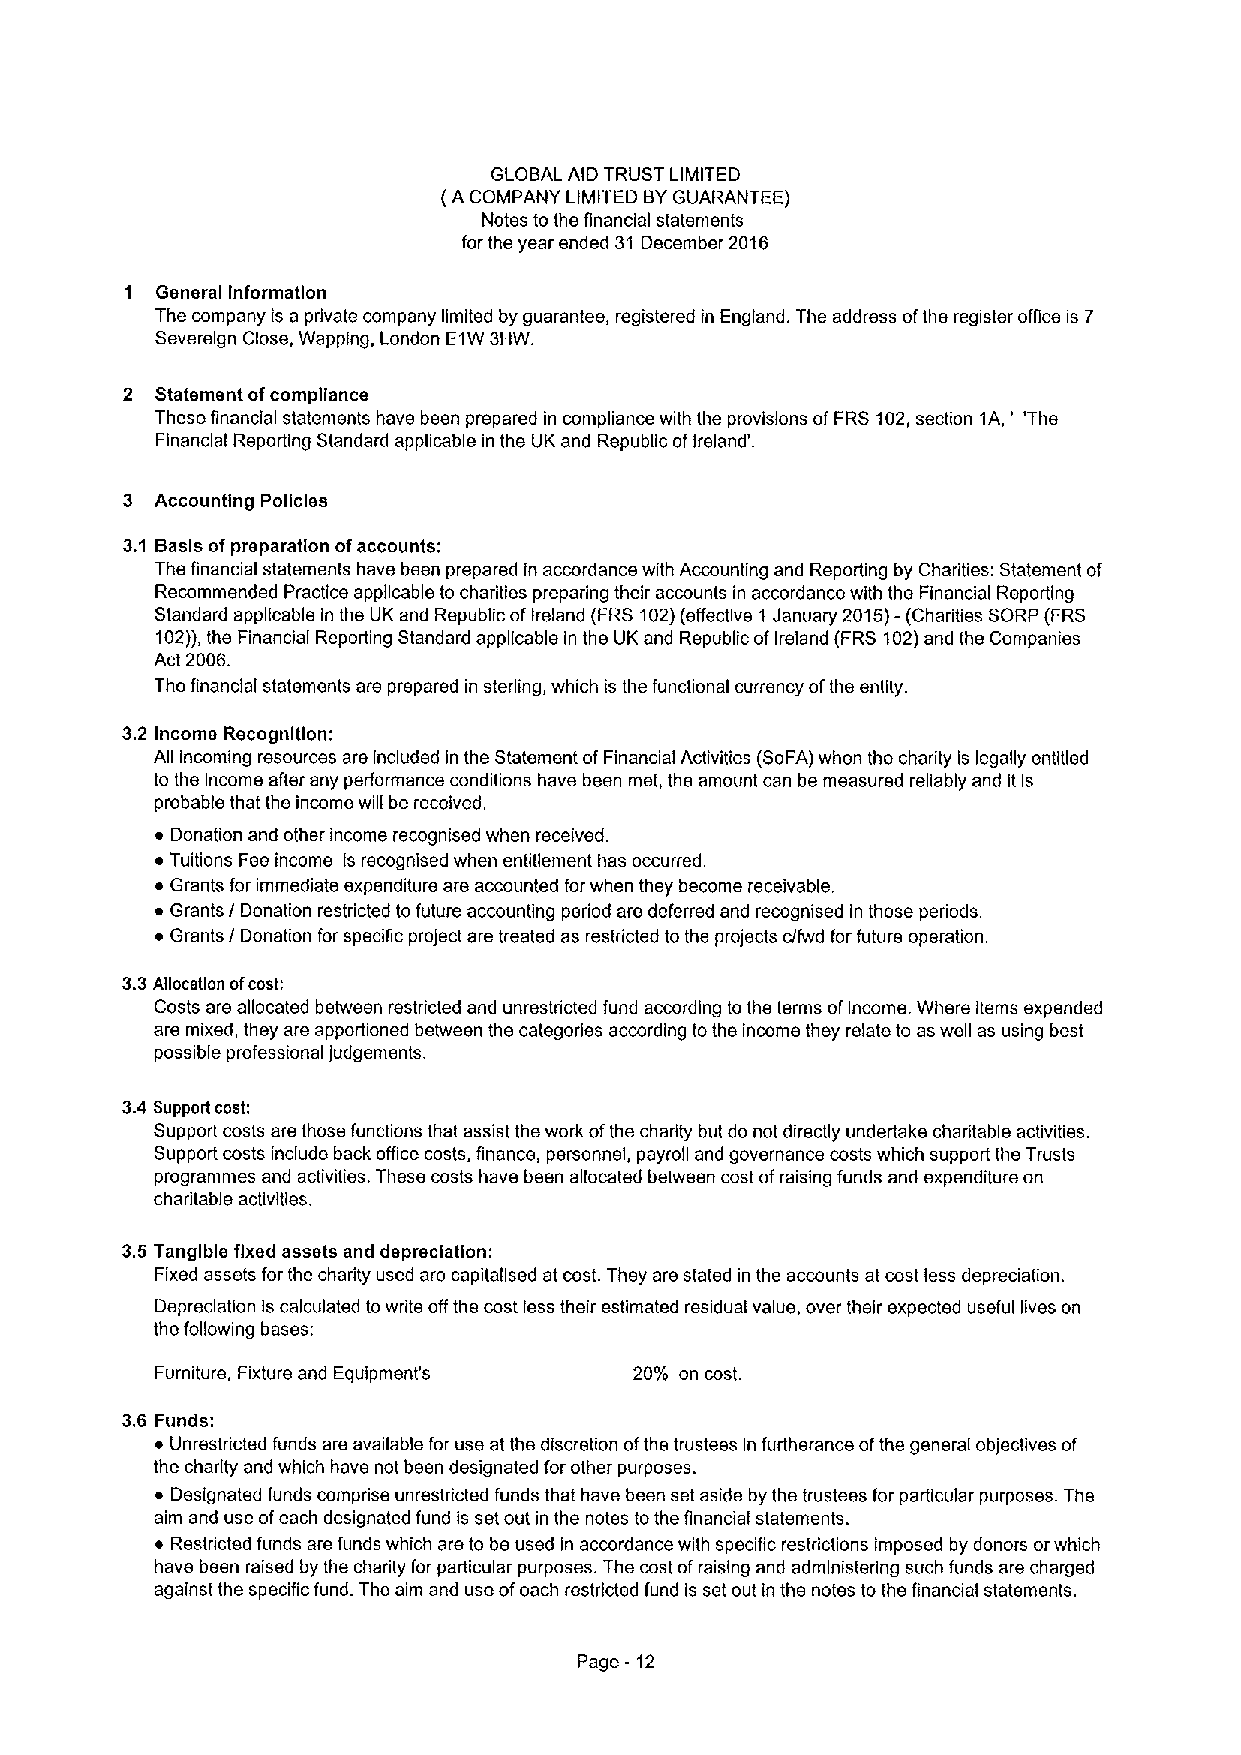
GLOBAL AID TRUST LIMITED
 (ACOMPANY LIMITED BYGUARANTEE)
 Notes to the financial statements
 for the year ended 31 December 2016
 1 General Information
 The company is a private company limited by guarantee, registered in England. The address ofthe register office is 7
 Severeign Close, Wapping, London E1W3HW.
 2 Statement ofcompliance
 These financial statements have been prepared in compliance with the provisions ofFRS 102,section 1A,' 'The
 Financial Reporting Standard applicable in the UK and Republic ofIrelandk
 3 Accounting Policies
 3.1 Basis ofpreparation ofaccounts:
 The financial statements have been prepared in accordance with Accounting and Reporting by Charities: Statement of
 Recommended Practice applicable to charities preparing their accounts in accordance with the Financial Reporting
 Standard applicable in Ihe UK and Republic ofIreland (FRS102)(effective 1 January 2015)—(Charities SORP (FRS
 102)),the Financial Reporting Standard applicable in the UK and Republic ofIreland (FRS 102)and the Companies
 Act 2006.
 The financial statements are prepared in sterling, which is the functional currency ofthe entity.
 3.2 Income Recognltlon:
 All incoming resources are included in the Statement ofFinancial Activities (SoFA)when the charity is legally entitled
 to the Income after any performance conditions have been met, the amount can be measured reliably and it is
 probable that the income will be received.
 ~ Donation and other income recognised when received.
 ~ Tuitions Fee income is recognised when entitlement has occurred.
 ~ Grants for immediate expenditure are accounted forwhen they become receivable.
 ~ Grants / Donation restricted to future accounting period are deferred and recognised in those periods
 ~ Grants / Donation for specific project are treated as restricted to the projects c/fwd for future operation.
 3.3Allocation ofcost:
 Costs are allocated between restricted and unrestricted fund according to the terms ofIncome. Where items expended
 are mixed, they are apportioned between the categories according tothe income they relate to as well as using best
 possible professional judgements.
 3.4 Support cost:
 Support costs are those functions that assist the work ofthe charity but do not directly undertake charitable activities.
 Support costs include back office costs, finance, personnel, payroll and governance costs which support the Trusts
 programmes and activities. These costs have been allocated between cost ofraising funds and expenditure on
 charitable activities.
 3.5 Tangible fixed assets and depreciation:
 Fixed assets for the charity used are capitallsed at cost. They are stated in the accounts at cost less depreciation.
 Depreciation Iscalculated towrite offthe cost less their estimated residual value, over their expected useful lives on
 the following bases:
 Furniture, Fixture and Equipment's 20% on cost.
 3.6 Funds:
 ~ Unrestricted funds are available for use at the discretion ofthe trustees in furtherance ofthe general objectives of
 the charity and which have not been designated for other purposes.
 ~ Designated funds comprise unrestricted funds that have been set aside by the trustees for particular purposes. The
 aim and use ofeach designated fund is set out in the notes tothe financial statements.
 ~ Restricted funds are funds which are to be used in accordance with specific restrictions imposed by donors orwhich
 have been raised by the charity for particular purposes. The cost ofraising and administering such funds are charged
 against the specific fund. The aim and use ofeach restricted fund is set out in the notes to the financial statements.
 Page - 12